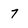
Character: 7